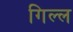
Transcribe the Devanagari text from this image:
गिल्ल